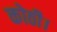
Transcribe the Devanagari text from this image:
कोठी।